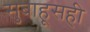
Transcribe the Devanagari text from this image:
सुबाहूसही